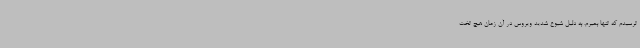
ترسیدم که تنها بمیرم. به دلیل شیوع شدید ویروس در آن زمان هیچ تخت